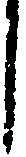
し